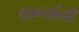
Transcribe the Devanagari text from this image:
धाग्‍यांनी